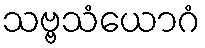
သဗ္ဗသံယောဂံ